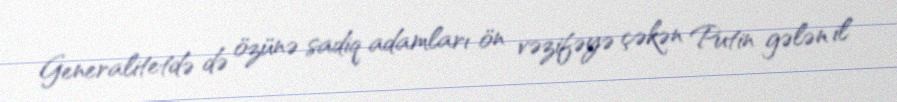
Generalitetdə də özünə sadiq adamları ön vəzifəyə çəkən Putin gələn il